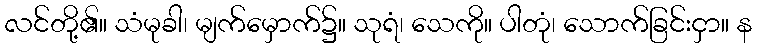
လင်တို့၏။ သံမုခါ၊ မျက်မှောက်၌။ သုရံ၊ သေကို။ ပါတုံ၊ သောက်ခြင်းငှာ။ န